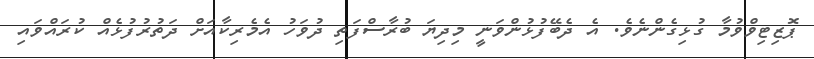
ޕޮޒިޓިވްވުމާ ގުޅިގެންނެވެ. އެ ދެބޭފުޅުންވަނީ މިދިޔަ ބުރާސްފަތި ދުވަހު އެމެރިކާއަށް ދަތުރުފުޅެއް ކުރައްވައި